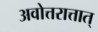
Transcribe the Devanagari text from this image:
अवोत्तरात्तात्